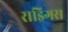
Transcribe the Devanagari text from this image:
राड्रिगस